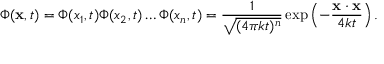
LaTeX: \Phi ( \mathbf { x } , t ) = \Phi ( x _ { 1 } , t ) \Phi ( x _ { 2 } , t ) \dots \Phi ( x _ { n } , t ) = { \frac { 1 } { \sqrt { ( 4 \pi k t ) ^ { n } } } } \exp \left( - { \frac { \mathbf { x } \cdot \mathbf { x } } { 4 k t } } \right) .